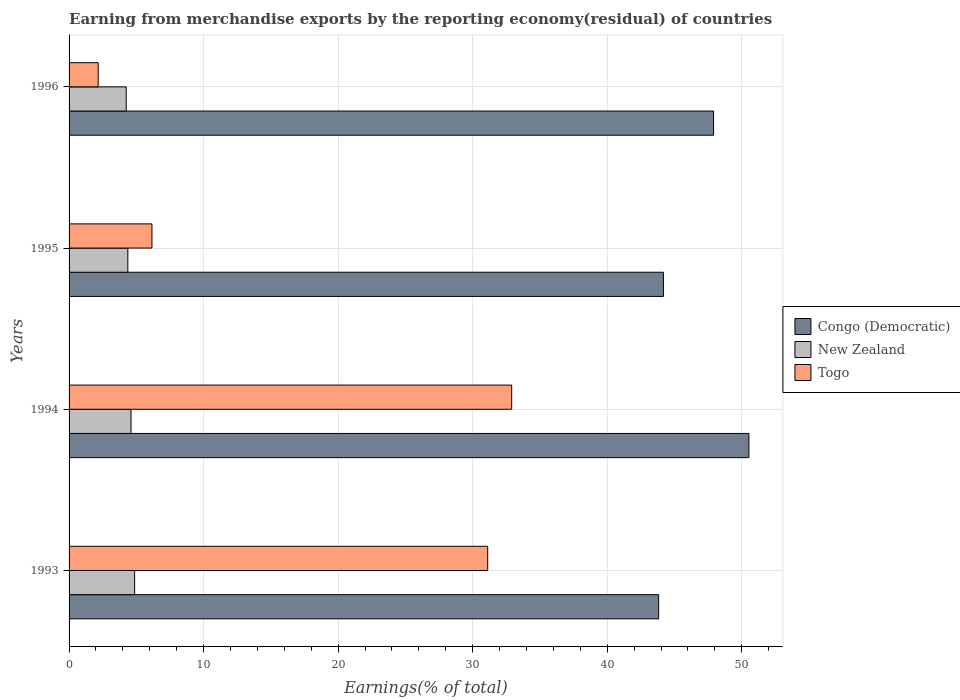
| Years | Congo (Democratic) | New Zealand | Togo |
 | --- | --- | --- | --- |
 | 1993 | 43.8 | 4.87 | 31.1 |
 | 1994 | 50.5 | 4.6 | 32.9 |
 | 1995 | 44.2 | 4.37 | 6.16 |
 | 1996 | 47.9 | 4.25 | 2.17 |